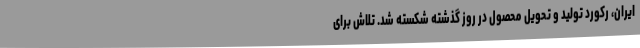
ایران، رکورد تولید و تحویل محصول در روز گذشته شکسته شد. تلاش برای